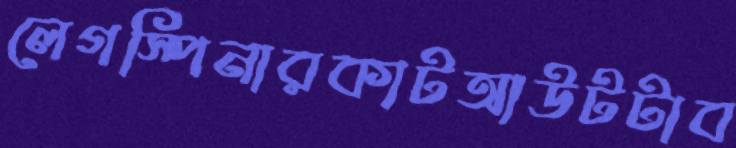
লেগস্পিনারকাটআউটটাব